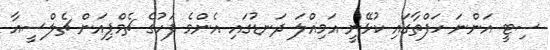
ސިޓީ އަންނަ ހަފްތާގައި ކުޅޭނީ އަމިއްލަ ދަނޑުގައި އެންމެ ފަހުގެ ޗެމްޕިއަން ޗެލްސީއާ